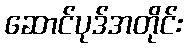
ဆောင်ပုဒ်အတိုင်း